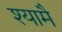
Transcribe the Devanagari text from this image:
श्यामै